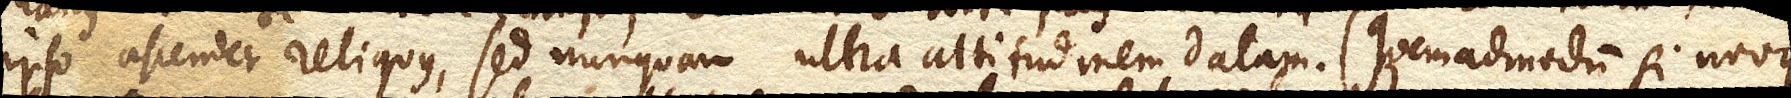
ipso ascendet reliquus, sed nunquam ultra altitudinem datam. (Quemadmodum si novus